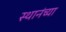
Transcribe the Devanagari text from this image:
स्थानंच्या